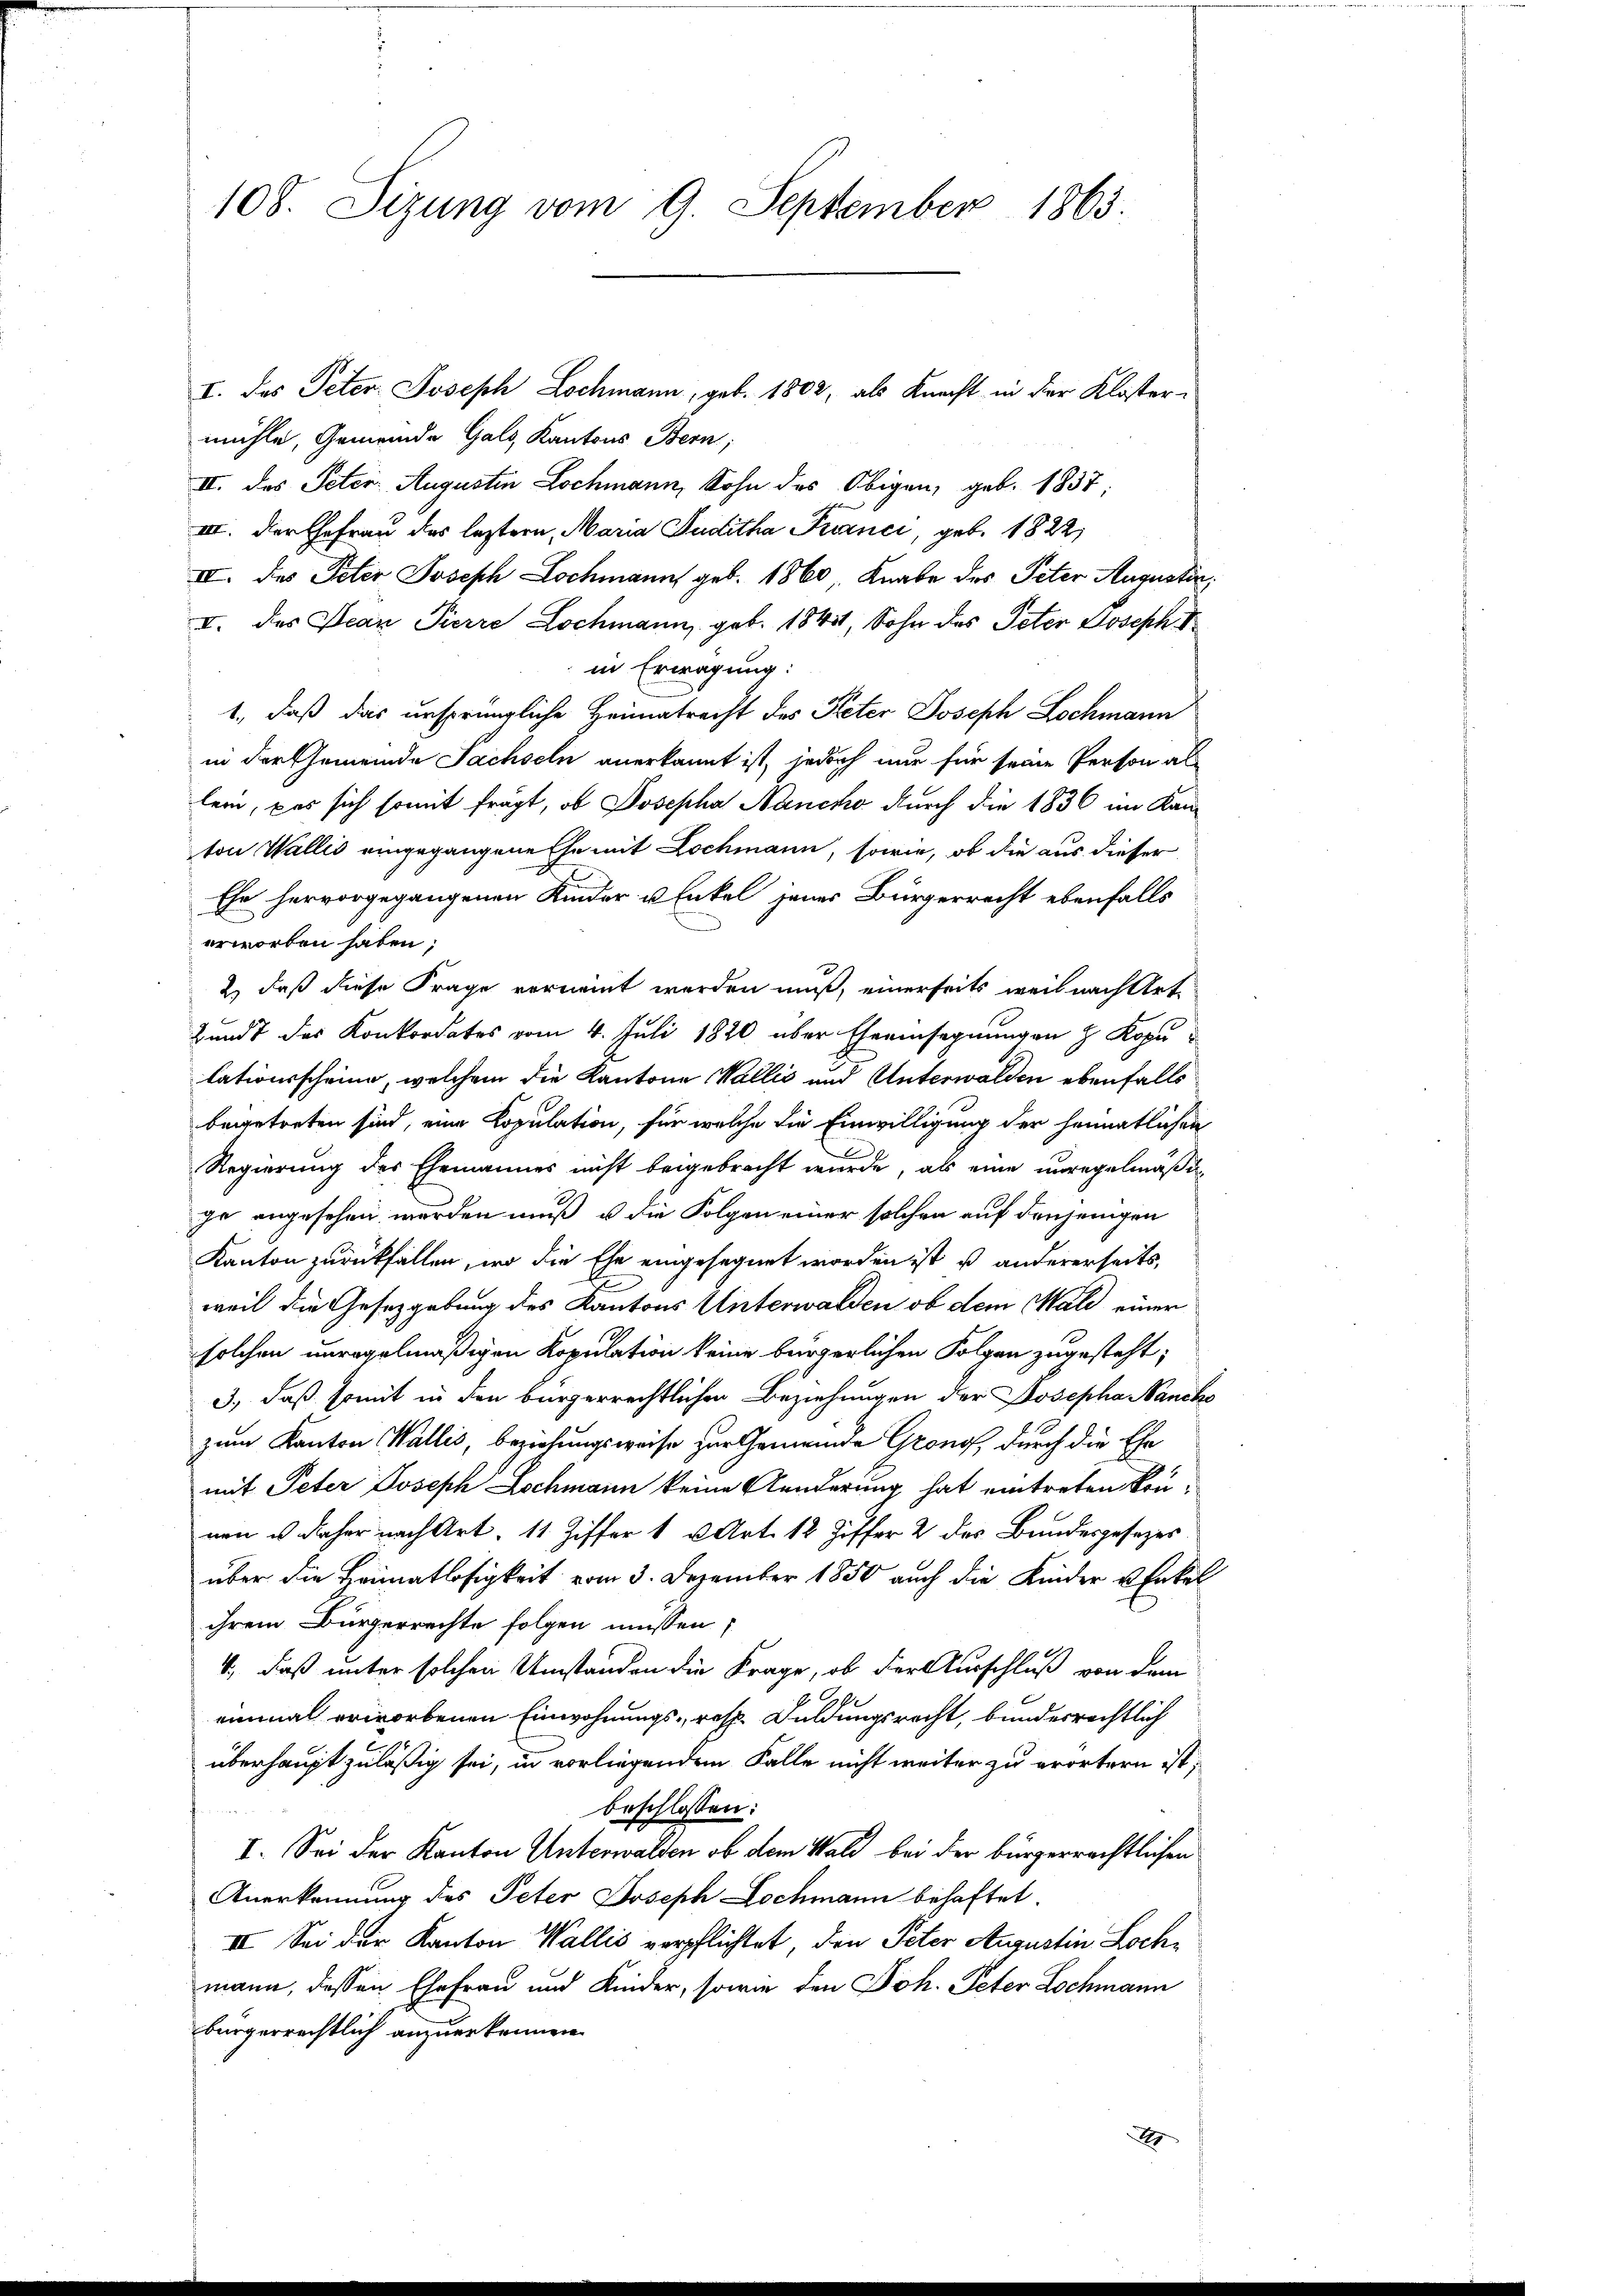
108. Sizung vom 9. September 1863.

mühle, Gemeinde Gals, Kantons Bern,
II. des Peter Augustin Lochmann, Sohn des Obigen, geb. 1837;
III. der Ehefrau das leztern, Maria Juditha Princi, geb. 1822,
II. des Peter Joseph Lochmann geb. 1860 Knabe des Peter Augustin,
I. des Jean Pierre Lochmann, geb. 1841, Sohn des Peter Joseph I
in Erwägung:
1., daß das ursprüngliche Heimatrecht des Peter Joseph Lochmann
in der Gemeinde Sachseln anerkannt ist, jedoch nur für seine Person al
lein, pas sich somit fragt, ob Josepha Nancko durch die 1836 im Kanton Wallis eingegangene Ehe mit Lochmann, sowie, ob die aus dieser
Ehe hervorgegangenen Kinder u. Enkel jenes Bürgerrecht ebenfalls
erworben haben;
2.) daß diese Frage verneint werden muß, einerseits weil nach Art.
Bundt das Konkordates vom 4. Juli 1820 über Eheeinsegnungen z. Kopulationsscheine, welchem die Kantone Wallis und Unterwalden ebenfalls
begetreten sind, eine Kopulation, für welche die Einwilligung der heimatlichen
Regierung des Ehemannes nicht beigebracht wurde, als eine unregelmäßig
ge angesehen werden muß, u die Folgen einer solchen auf denjenigen
Kanton zurückfallen, wo die Ehe eingesegnet worden ist es andererseits,
weil die Gesetzgebung des Kantons Unterwalden ob dem Wald einer
solchen unregelmäßigen Kopulation keine bürgerlichen Folgen zugesteht;
3., daß somit in den bürgerrechtlichen Beziehungen der Josepha Nanche
zum Kanton Wallis, beziehungsweise zur Gemeinde Gronof, durch die Ehe
mit Peter Joseph Lochmann keine Aenderung hat eintreten können u. daher nach Art. 11 Ziffer 1 Art. 12 Ziffer 2 des Bundesgesezes
über die Heimatlosigkeit vom 3. Dezember 1850 auch die Kinder Enkel
ihrem Bürgerrechte folgen müssen,
4., daß unter solchen Umständen die Frage, ob der Ausschluß von dem
einmal erworbenen Einwohnungs- resp. Guldungsrecht, bundesrechtlich
überhaupt zuläßig sei, in vorliegendem Falle nicht weiter zu erörtern ist;
beschlossen:
I. Sei der Kanton Unterwalden ob dem Wald bei der bürgerrechtlichen
Anerkennung des Peter Joseph Lochmann behaftet.
III. Sei der Kanton Wallis verpflichtet, den Peter Augustin Lochmann, dessen Ehefrau und Kinder, sowie den Joh. Peter Lochmann
bürgerrechtlich anzuerkennen.
E

I. Das Peter. Joseph Lochmann, geb. 1802, als Knacht in der Kloster¬